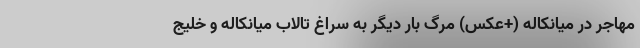
مهاجر در میانکاله (+عکس) مرگ بار دیگر به سراغ تالاب میانکاله و خلیج